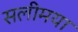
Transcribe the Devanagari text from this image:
सलीमया